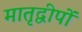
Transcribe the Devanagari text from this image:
मातृद्वीपों